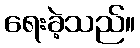
ရေးခဲ့သည်။